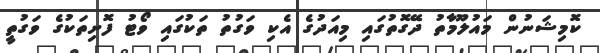
ކޮމިޝަނުން މައުލޫމާތު ދޭގޮތުގައި މިއަދުގެ އެކި ވަގުތު ތަކުގައި ވޯޓު ފޮށިތަކުގެ ވަގުތީ